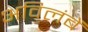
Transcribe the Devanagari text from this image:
अविलंबें